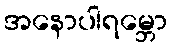
အနောပါရမ္ဘော